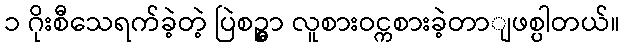
၁ ဂိုးစီသေရက်ခဲ့တဲ့ ပြဲစဉ္မွာ လူစားဝင္ကစားခဲ့တာျဖစ္ပါတယ်။